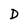
Character: D